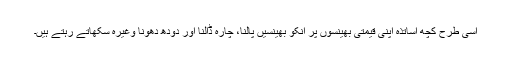
اسی طرح کچھ اساتذہ اپنی قیمتی بھینسوں پر انکو بھینسیں پالنا، چارہ ڈالنا اور دودھ دھونا وغیرہ سکھاتے رہتے ہیں۔